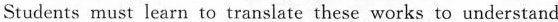
Students must learn to translate these works to understand